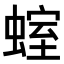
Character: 𧍱